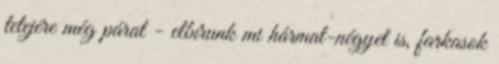
tetejére még párat - elbírunk mi hármat-négyet is, farkasok